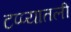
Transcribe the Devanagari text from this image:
टप्प्यातली